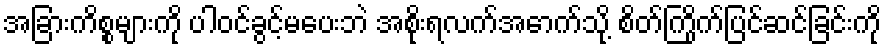
အခြားကိစ္စများကို ပါဝင်ခွင့်မပေးဘဲ အစိုးရလက်အောက်သို့ စိတ်ကြိုက်ပြင်ဆင်ခြင်းကို